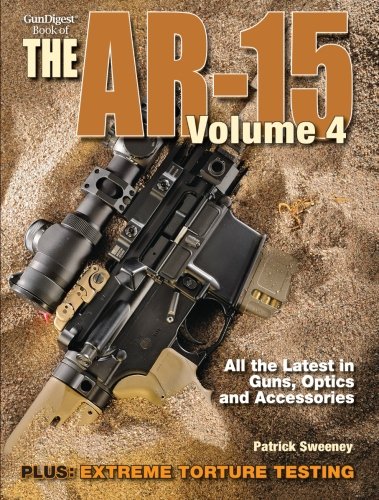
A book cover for The Gun Digest Book of the AR-15, Volume 4; Patrick Sweeney; Crafts, Hobbies & Home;